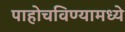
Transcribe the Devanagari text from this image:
पाहोचविण्यामध्ये